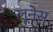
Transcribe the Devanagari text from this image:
लूनेस